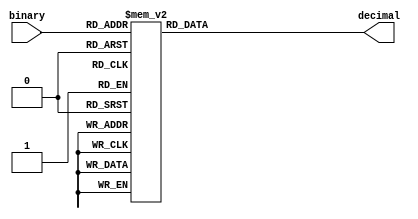
`timescale 1ns / 1ps


module BinaryToDecimal(
    input [4:0] binary,
    output reg [7:0] decimal
);

always @(*) begin
    case(binary)
        5'b00000: decimal = 8'd0;
        5'b00001: decimal = 8'd1;
        5'b00010: decimal = 8'd2;
        5'b00011: decimal = 8'd3;
        5'b00100: decimal = 8'd4;
        5'b00101: decimal = 8'd5;
        5'b00110: decimal = 8'd6;
        5'b00111: decimal = 8'd7;
        5'b01000: decimal = 8'd8;
        5'b01001: decimal = 8'd9;
        5'b01010: decimal = 8'd10;
        5'b01011: decimal = 8'd11;
        5'b01100: decimal = 8'd12;
        5'b01101: decimal = 8'd13;
        5'b01110: decimal = 8'd14;
        5'b01111: decimal = 8'd15;
        5'b10000: decimal = 8'd16;
        5'b10001: decimal = 8'd17;
        5'b10010: decimal = 8'd18;
        5'b10011: decimal = 8'd19;
        5'b10100: decimal = 8'd20;
        5'b10101: decimal = 8'd21;
        5'b10110: decimal = 8'd22;
        5'b10111: decimal = 8'd23;
        5'b11000: decimal = 8'd24;
        // Add more cases for other binary inputs if necessary
        default: decimal = 8'd0; // Default to zero if binary input is out of range
    endcase
end

endmodule